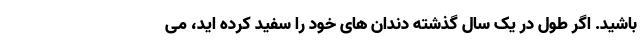
باشید. اگر طول در یک سال گذشته دندان های خود را سفید کرده اید، می